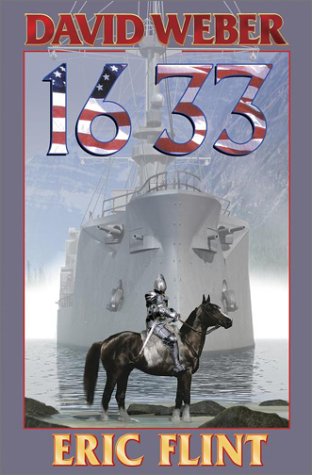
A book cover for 1633 (Ring of Fire); Eric Flint; Science Fiction & Fantasy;